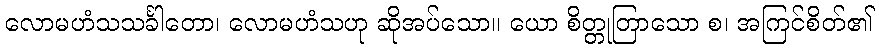
လောမဟံသသင်္ခါတော၊ လောမဟံသဟု ဆိုအပ်သော။ ယော စိတ္တုတြာသော စ၊ အကြင်စိတ်၏